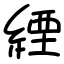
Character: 緸